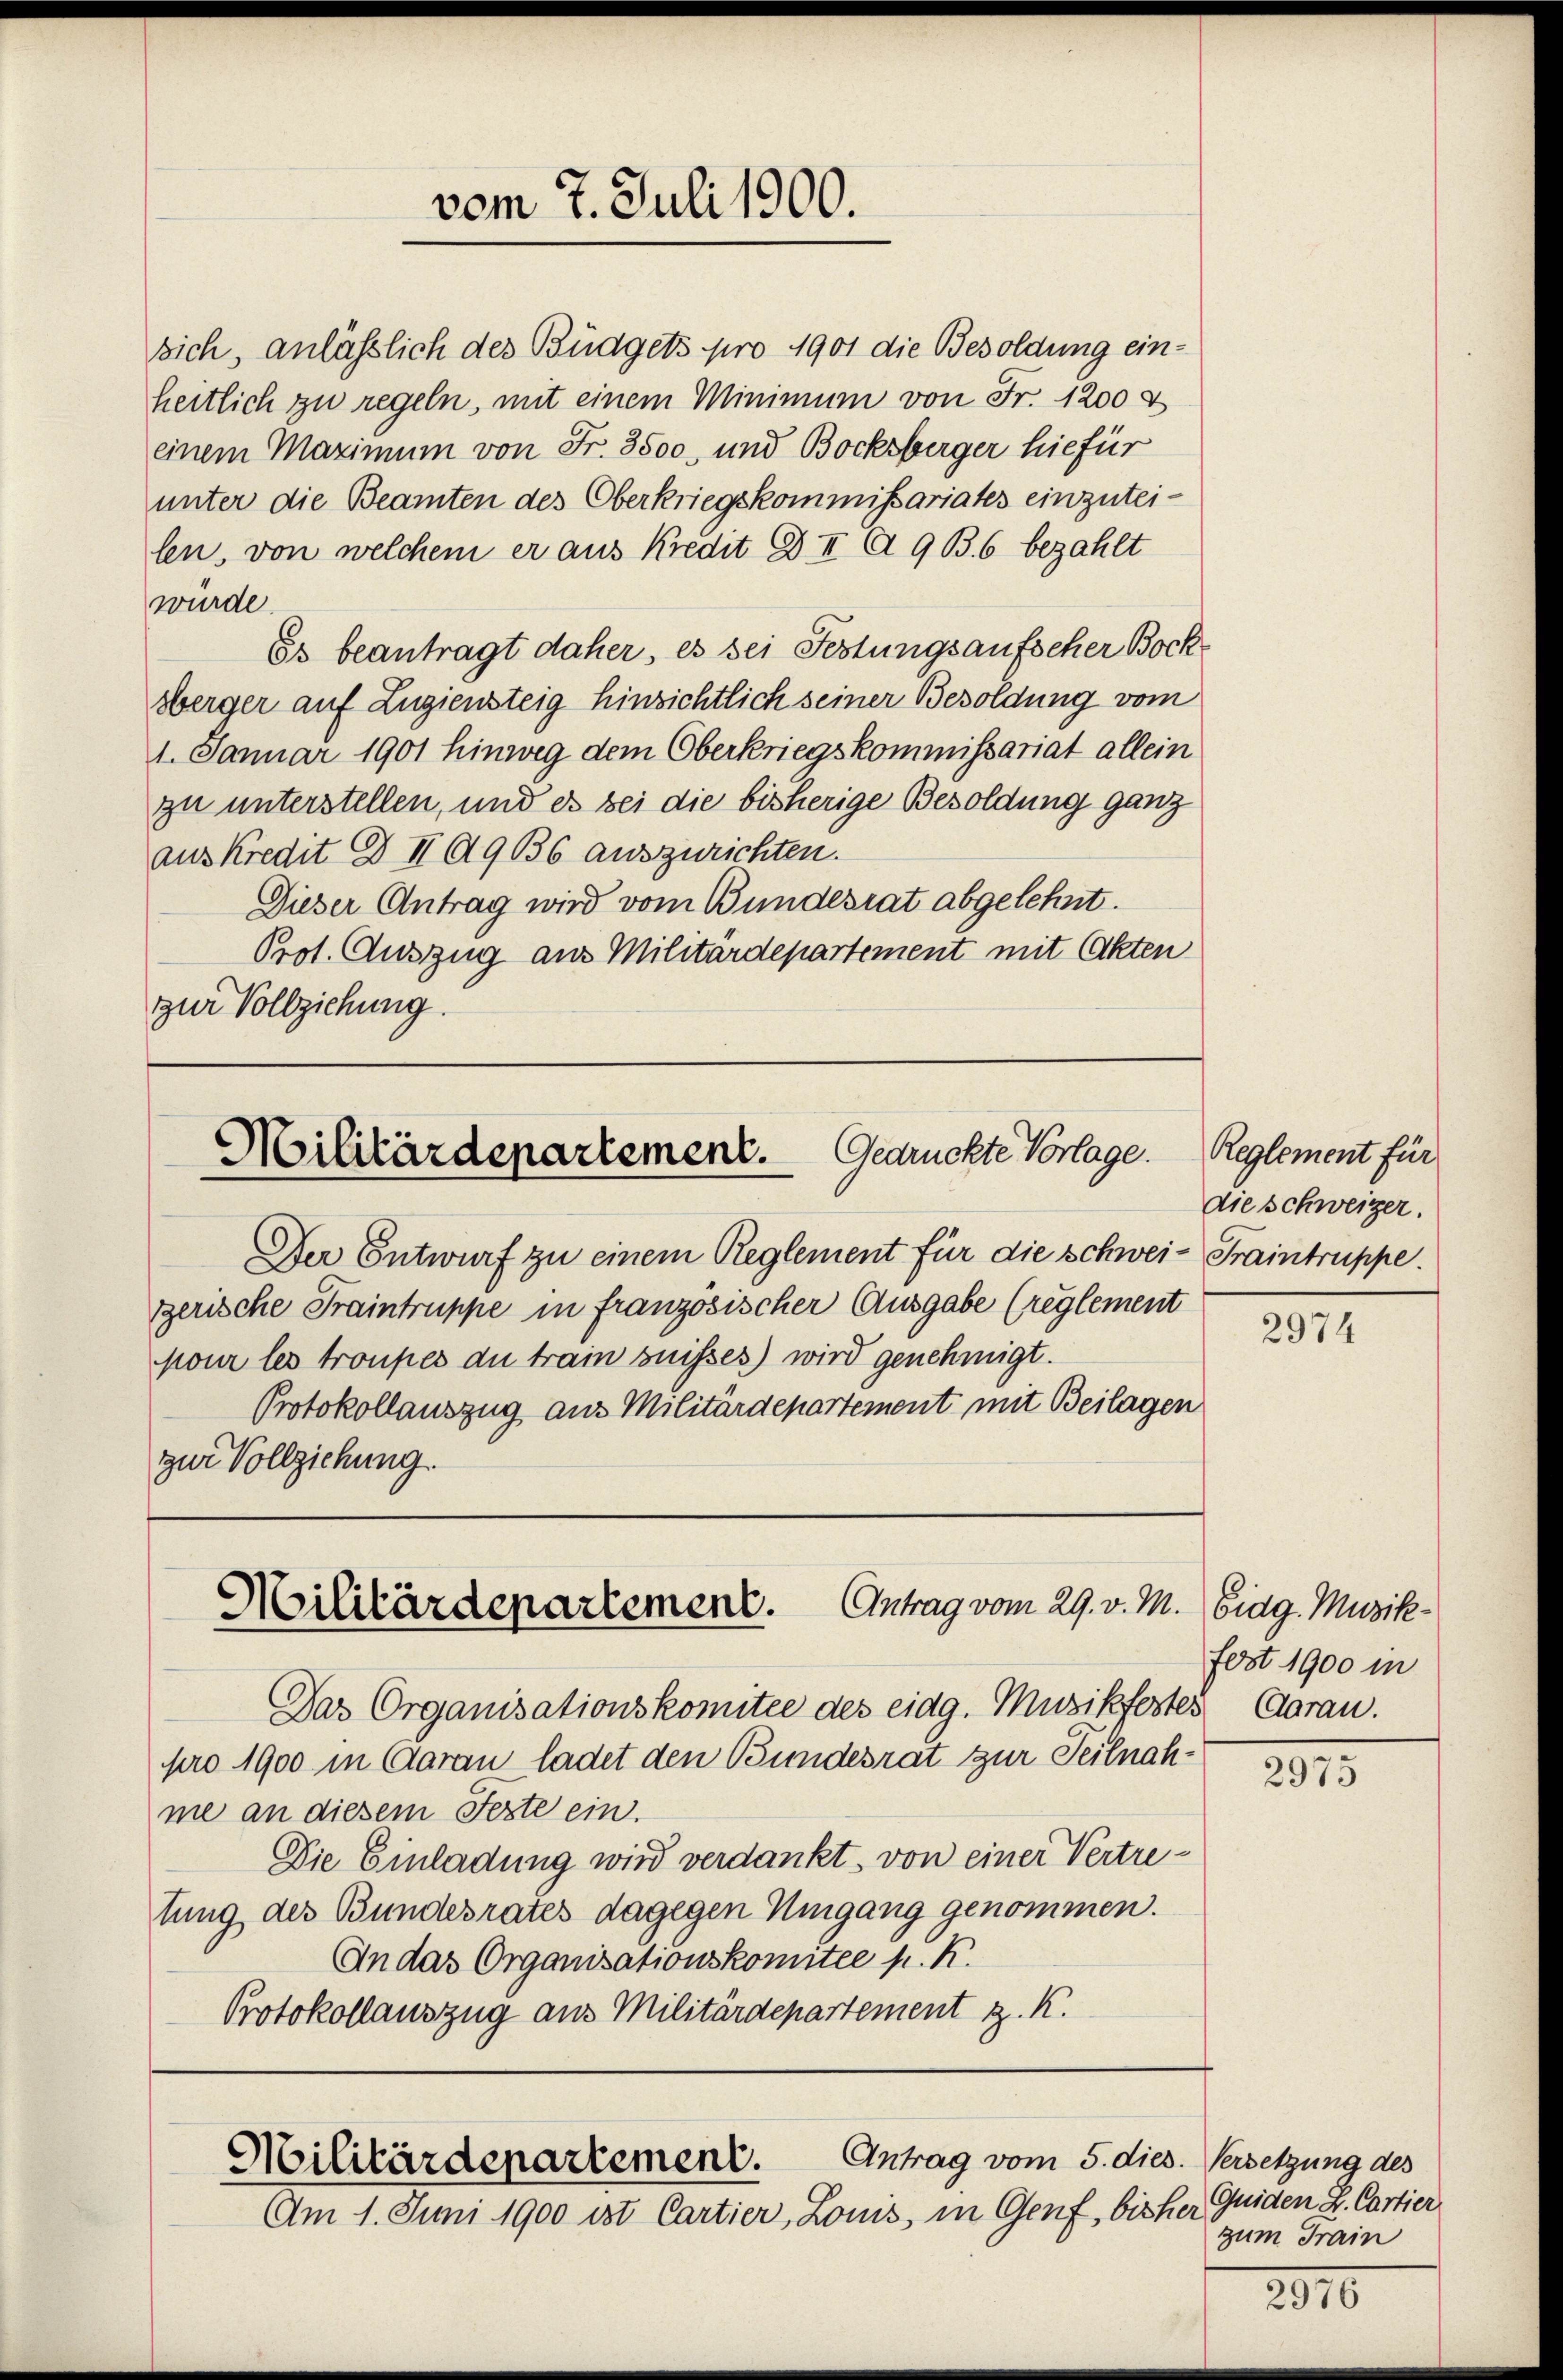
sich, anläßlich des Büdgets pro 1901 die Besoldung einheitlich zu regeln, mit einem Minimum von Fr. 1200 &
einem Maximum von Fr. 3500 und Bocksberger hiefür
unter die Beamten des Oberkriegskommissariates einzuteilen, von welchem er aus Kredit III A 9 B. 6 bezahlt
wurde.
Es beantragt daher, es sei Festungsaufseher Bock
sberger auf Zugiensteig hinsichtlich seiner Besoldung vom
1. Januar 1901 hinweg dem Oberkriegskommissariat allein
zu unterstellen, und es sei die bisherige Besoldung ganz
aus Kredit Z II 619 336 auszurichten.
Dieser Antrag wird vom Bundesrat abgelehnt.
Prot. Auszug aus Militärdepartement mit Akten
zur Vollziehung.

vom 7. Juli 1900.

Militärdepartement. Gedrückte Vorlage.

Der Entwurf zu einem Reglement für die schwei- Traintruppe.
gerische Traintruppe in französischer Ausgabe (reglement
pour les troupes du train puisses) wird genehmigt.
Protokollauszug aus Militärdepartement mit Beilagen
zur Vollziehung.

Militärdepartement. Antrag vom 29. v. M. Eidg. Musik-

Das Organisationskomitee des eidg. Musikfostes Garan.
pro 1900 in Aarau ladet den Bundesrat zur Teilnahme an diesem Fezte ein.
Die Einladung wird verdankt, von einer Vertretung des Bundesrates dagegen Umgang genommen.
An das Organisationskomitée p. K.
Protokollauszug aus Militärdepartement z. K.

Militärdepartement.

Antrag vom 5. dies. Versetzung des
Am 1. Juni 1900 ist Cartier, Louis, in Genf, bisher

Reglement für
die schweizer.

2974

fest 1900 in

2975

Quiden L. Cartier
zum Train

2810